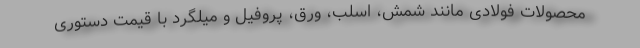
محصولات فولادی مانند شمش، اسلب، ورق، پروفیل و میلگرد با قیمت دستوری